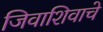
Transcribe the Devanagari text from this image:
जिवाशिवाचे